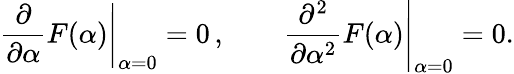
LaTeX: \left.\frac{\partial}{\partial\alpha}F(\alpha)\right|_{\alpha=0}=0\, ,\qquad\left.\frac{\partial^{2}}{\partial\alpha^{2}}F(\alpha)\right|_{\alpha=0}=0.